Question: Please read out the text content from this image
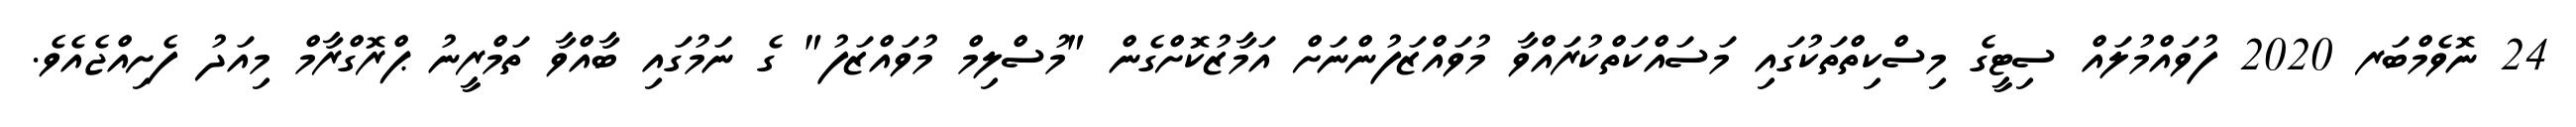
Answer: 24 ނޮވެމްބަރ 2020 ފުވައްމުލައް ސިޓީގެ މިސްކިތްތަކުގައި މަސައްކަތްކުރައްވާ މުވައްޒަފުންނަށް އަމާޒުކޮށްގެން "މުސްލިމް މުވައްޒަފު" ގެ ނަމުގައި ބާއްވާ ތަމްރީނު ޕްރޮގްރާމް މިއަދު ފެށިއްޖެއެވެ.